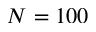
N = 1 0 0